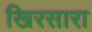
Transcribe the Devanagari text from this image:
खिरसारा